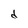
Character: d